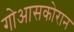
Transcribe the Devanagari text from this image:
गोआसकोरान